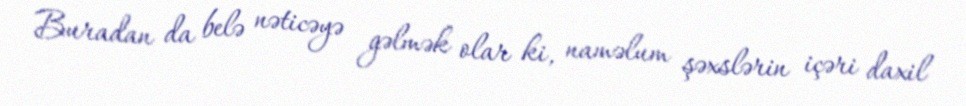
Buradan da belə nəticəyə gəlmək olar ki, naməlum şəxslərin içəri daxil